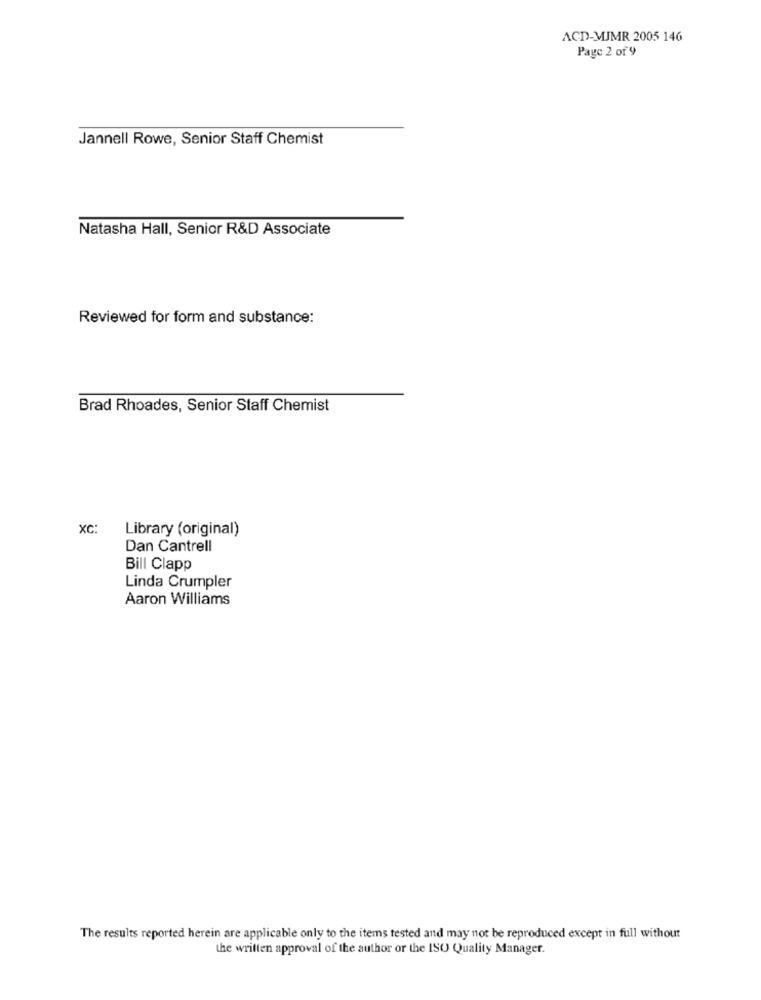
ACD-MJMR 2005 146
Page 2 of 9
Jannell Rowe, Senior Staff Chemist
Natasha Hall, Senior R&D Associate
Reviewed for form and substance:
Brad Rhoades, Senior Staff Chemist
xc:
Library (original)
Dan Cantrell
Bill Clapp
Linda Crumpler
Aaron Williams
The results reported herein are applicable only to the items tested and may not be reproduced except in full without
the written approval of the author or the ISO Quality Manager.